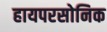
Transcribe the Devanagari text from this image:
हायपरसोनिक